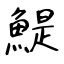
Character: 鯷